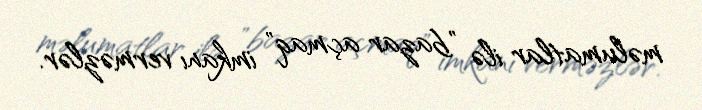
məlumatlar ilə "bazar açmaq" imkanı verməzlər.